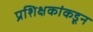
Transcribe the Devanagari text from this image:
प्रशिक्षकांकडून